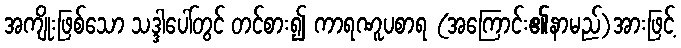
အကျိုးဖြစ်သော သဒ္ဒါပေါ်တွင် တင်စား၍ ကာရဏူပစာရ (အကြောင်း၏နာမည်)အားဖြင့်